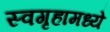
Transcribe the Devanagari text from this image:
स्वगृहामध्ये